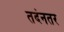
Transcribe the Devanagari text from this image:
तदंनतर